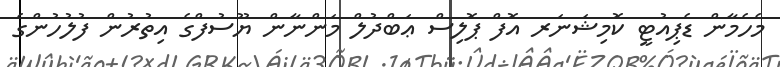
މެހެމާން ޑެޕިއުޓީ ކޮމިޝަނަރ އޮފް ޕޮލިސް ޢަބްދުލް މަންނާން ޔޫސުފްގެ އިތުރުން ފުލުހުންގެ